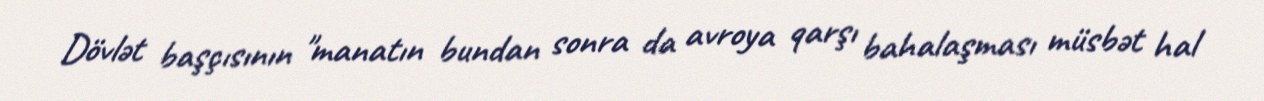
Dövlət başçısının "manatın bundan sonra da avroya qarşı bahalaşması müsbət hal